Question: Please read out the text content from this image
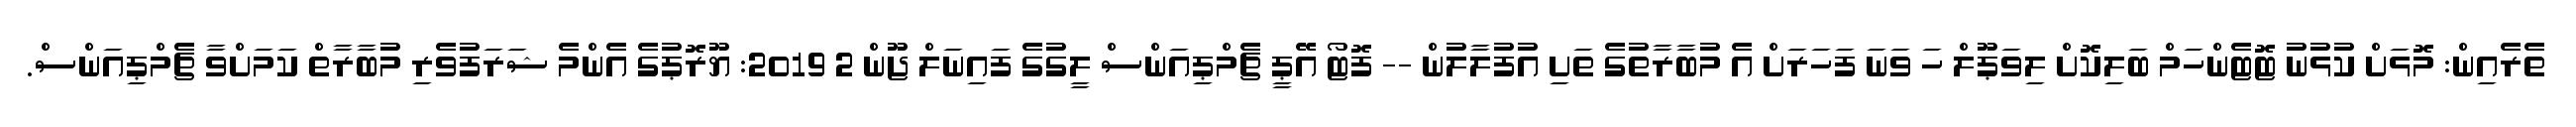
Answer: ތެރެއިން: މޮޅަށް ކުޅުނު ޓޮޓެންހަމް ބަލިކޮށް ލިވަޕޫލް ހަ ވަނަ ފަހަރަށް އެ މުބާރާތުގެ ތަށި އުފުލާލުން -- ފޮޓޯ އޭޕީ ޗެމްޕިއަންސް ލީގުގެ ފައިނަލް ޖޫން 2 2019: ޔޫރޮޕުގެ އެންމެ ޝަރަފުވެރި މުބާރާތް ކަމަށްވާ ޗެމްޕިއަންސް.